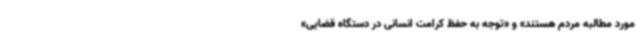
مورد مطالبه مردم هستند» و «توجه به حفظ کرامت انسانی در دستگاه قضایی»